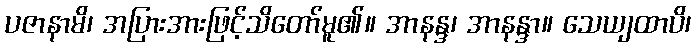
ပဇာနာမိ၊ အပြားအားဖြင့်သိတော်မူ၏။ အာနန္ဒ၊ အာနန္ဒာ။ သေယျထာပိ၊